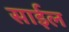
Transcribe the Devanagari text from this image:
साईल